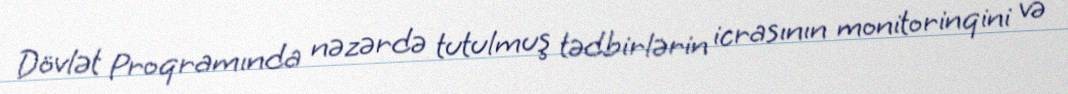
Dövlət Proqramında nəzərdə tutulmuş tədbirlərin icrasının monitorinqini və